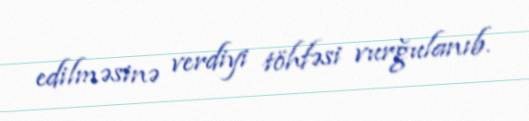
edilməsinə verdiyi töhfəsi vurğulanıb.